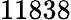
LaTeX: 11838